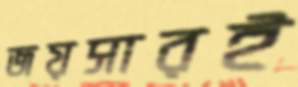
জয়সারই